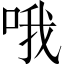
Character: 哦